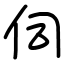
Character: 伺